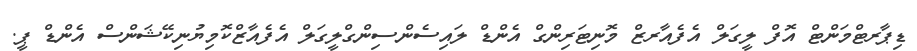
ޑިޕާރޓްމަންޓް އޮފް ލީގަލް އެފެއާރޒް މޮނިޓަރިންގް އެންޑް ލައިސެންސިންގްލީގަލް އެފެއާޒްކޮމިޔުނިކޭޝަންސް އެންޑް ޕީ.